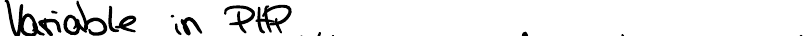
Variablen in PHP